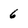
Character: 6